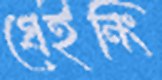
গ্রেইনিং